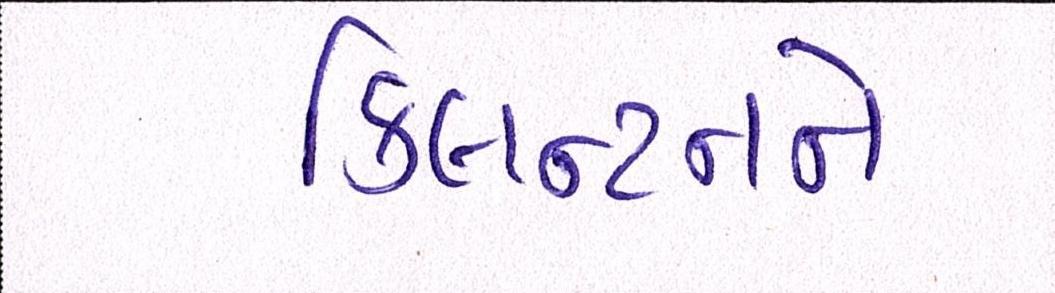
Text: ક્લિન્ટનને